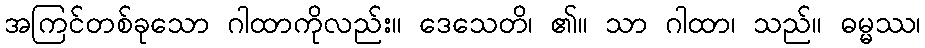
အကြင်တစ်ခုသော ဂါထာကိုလည်း။ ဒေသေတိ၊ ၏။ သာ ဂါထာ၊ သည်။ ဓမ္မဿ၊